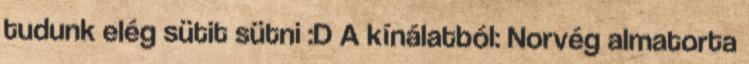
tudunk elég sütit sütni :D A kínálatból: Norvég almatorta